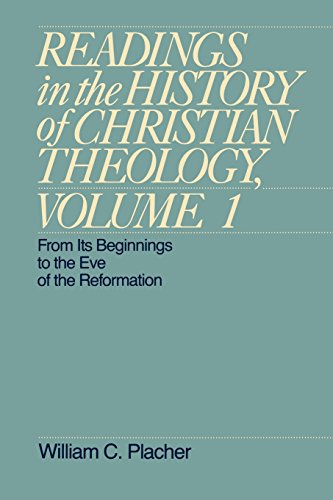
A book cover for Readings in the History of Christian Theology, Volume 1: From Its Beginnings to the Eve of the Reformation (Readings in the History of Christian Theology Vol. I); William C. Placher; Christian Books & Bibles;